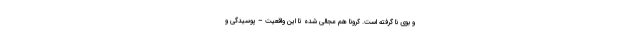
و بوی نا گرفته است. کرونا هم مجالی شده تا این واقعیت – پوسیدگی و